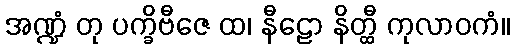
အဏ္ဍံ တု ပက္ခိဗီဇေ ထ၊ နီဠော နိတ္ထီ ကုလာဝကံ။